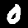
Label: 0